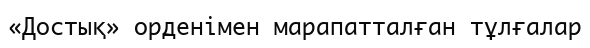
«Достық» орденімен марапатталған тұлғалар